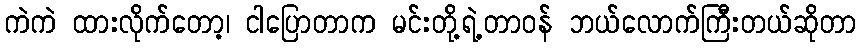
ကဲကဲ ထားလိုက်တော့၊ ငါပြောတာက မင်းတို့ရဲ့တာဝန် ဘယ်လောက်ကြီးတယ်ဆိုတာ